On the importance of larval characters in the classification of mosquitoes - Number 25
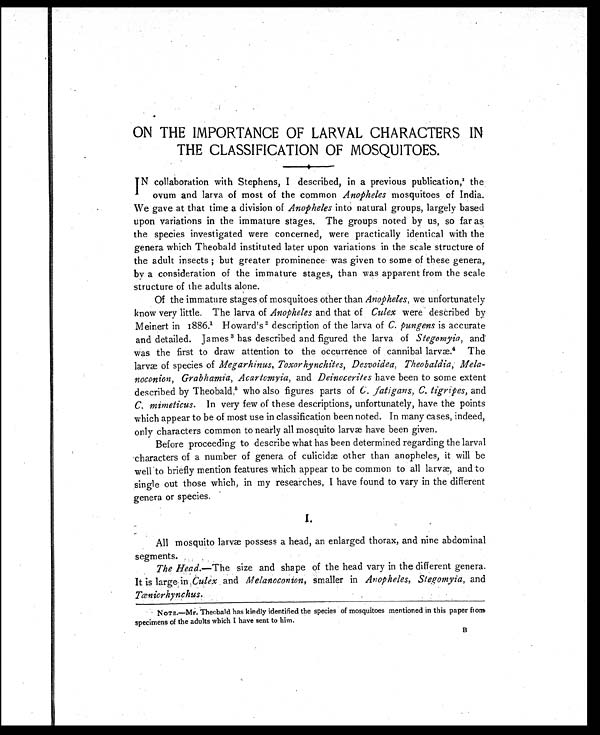
ON THE IMPORTANCE OF LARVAL CHARACTERS IN
THE CLASSIFICATION OF MOSQUITOES.
IN collaboration with Stephens, I described, in a previous publication,1 the
ovum and larva of most of the common Anopheles mosquitoes of India.
We gave at that time a division of Anopheles into natural groups, largely based
upon variations in the immature stages. The groups noted by us, so far as
the species investigated were concerned, were practically identical with the
genera which Theobald instituted later upon variations in the scale structure of
the adult insects ; but greater prominence was given to some of these genera,
by a consideration of the immature stages, than was apparent from the scale
structure of the adults alone.
Of the immature stages of mosquitoes other than Anopheles, we unfortunately
know very little. The larva of Anopheles and that of Culex were described by
Meinert in 1886.1Howard's2description of the larva ofC. pungensis accurate
and detailed. James 3 has described and figured the larva of Stegomyia, and
was the first to draw attention to the occurrence of cannibal larvæ.4 The
larvæ of species of Megarhinus, Toxorhynchites, Desvoidea, Theobaldia, Mela-
noconion, Grabhamia, Acartomyia, and Deinocerites have been to some extent
described by Theobald,5 who also figures parts of C. fatigans, C. tigripes, and
C. mimeticus. In very few of these descriptions, unfortunately, have the points
which appear to be of most use in classification been noted. In many cases, indeed,
only characters common to nearly all mosquito larvæ have been given.
Before proceeding to describe what has been determined regarding the larval
characters of a number of genera of culicidæ other than anopheles, it will be
well to briefly mention features which appear to be common to all larvæ, and to
single out those which, in my researches, I have found to vary in the different
genera or species.
I.
All mosquito larvæ possess a head, an enlarged thorax, and nine abdominal
segments.
The Head. —The size and shape of the head vary in the different genera.
It is large in Culex and Melanoconion, smaller in Anopheles, Stegomyia, and
Tæniorhynchus.
NOTE.—Mr. Theobald has kindly identified the species of mosquitoes mentioned in this paper from
specimens of the adults which I have sent to him.
B